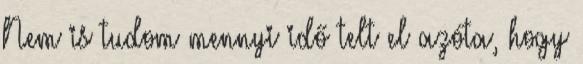
Nem is tudom mennyi idő telt el azóta, hogy